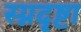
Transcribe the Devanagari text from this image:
स्प्नदृष्टा